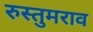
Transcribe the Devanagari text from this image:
रुस्तुमराव